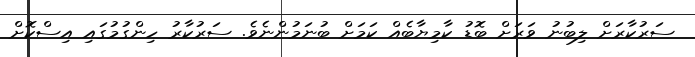
ސަރުކާރަށް ލިބުނު ވަރަށް ބޮޑު ކާމިޔާބެއް ކަމަށް ބުނަމުންނެވެ. ސަރުކާރު ހިންގުމުގައި އިސްކޮށް